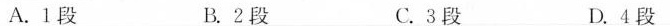
A.1段 B.2段 C.3段 D.4段